Report of the Indian Hemp Drugs Commission, 1894-1895 - Volume VIII
Year: 1894
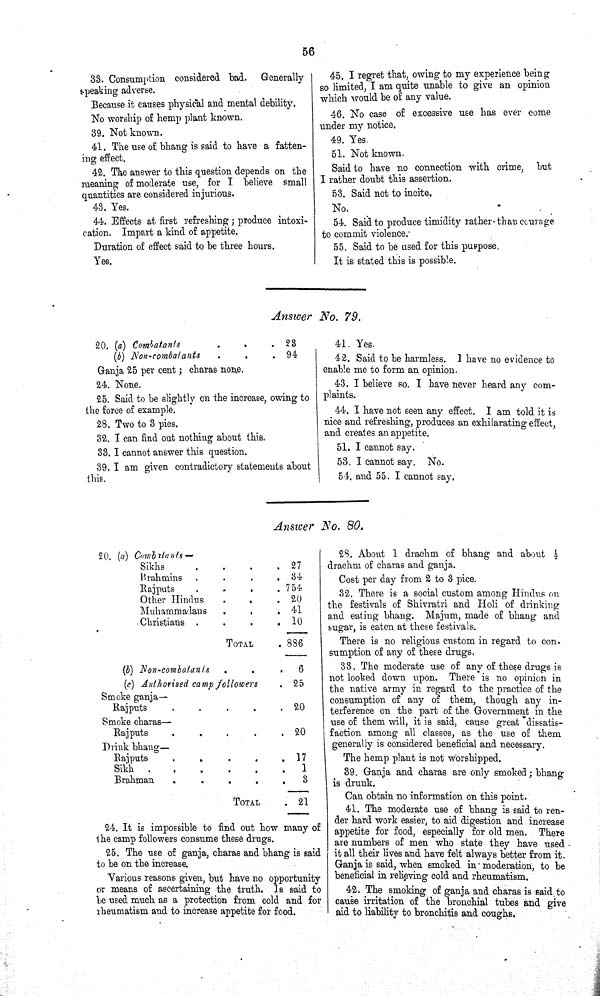
56
33. Consumption considered bad. Generally
speaking adverse.
Because it causes physical and mental debility.
No worship of hemp plant known.
39. Not known.
41. The use of bhang is said to have a fatten-
ing effect.
42. The answer to this question depends on the
meaning of moderate use, for I believe small
quantities are considered injurious.
43. Yes.
44. Effects at first refreshing; produce intoxi-
cation. Impart a kind of appetite.
Duration of effect said to be three hours.
Yes.
45. I regret that, owing to my experience being
so limited, I am quite unable to give an opinion
which would be of any value.
46. No case of excessive use has ever come
under my notice.
49. Yes.
51. Not known.
Said to have no connection with crime, but
I rather doubt this assertion.
53. Said not to incite.
No.
54. Said to produce timidity rather than courage
to commit violence.
55. Said to be used for this purpose.
It is stated this is possible.
Answer
No. 79.
20. (a) Combatants
23
(b) Non-combatants
94
Ganja 25 per cent; charas none.
24. None.
25. Said to be slightly on the increase, owing to
the force of example.
28. Two to 3 pies.
32. I can find out nothing about this.
33. I cannot answer this question.
39. I am given contradictory statements about
this.
41. Yes.
42. Said to be harmless. I have no evidence to
enable me to form an opinion.
43. I believe so. I have never heard any com-
plaints.
44. I have not seen any effect. I am told it is
nice and refreshing, produces an exhilarating effect,
and creates an appetite.
51. I cannot say.
53. I cannot say. No.
54. and 55. I cannot say.
Answer No. 80.
20. (a) Combatants—
Sikhs
27
Brahmins
34
Rajputs
754
Other Hindus
20
Muhammadans
41
Christians
10
TOTAL
886
(b) Non-combatants
6
(c) Authorised camp followers
25
Smoke ganja-
Rajputs
20
Smoke charas—
Rajputs
20
Drink bhang-
Rajputs
17
Sikh
1
Brahman
3
TOTAL
21
24. It is impossible to find out how many of
the camp followers consume these drugs.
25. The use of ganja, charas and bhang is said
to be on the increase.
Various reasons given, but have no opportunity
or means of ascertaining the truth. Is said to
be used much as a protection from cold and for
rheumatism and to increase appetite for food.
28. About 1 drachm of bhang and about 1/2
drachm of charas and ganja.
Cost per day from 2 to 3 pice.
32. There is a social custom among Hindus on
the festivals of Shivratri and Holi of drinking
and eating bhang. Majum, made of bhang and
sugar, is eaten at these festivals.
There is no religious custom in regard to con-
sumption of any of these drugs.
33. The moderate use of any of these drugs is
not looked down upon. There is no opinion in
the native army in regard to the practice of the
consumption of any of them, though any in-
terference on the part of the Government in the
use of them will, it is said, cause great dissatis-
faction among all classes, as the use of them
generally is considered beneficial and necessary.
The hemp plant is not worshipped.
39. Ganja and charas are only smoked; bhang
is drunk.
Can obtain no information on this point.
41. The moderate use of bhang is said to ren-
der hard work easier, to aid digestion and increase
appetite for food, especially for old men. There
are numbers of men who state they have used
it all their lives and have felt always better from it.
Ganja is said, when smoked in moderation, to be
beneficial in relieving cold and rheumatism.
42. The smoking of ganja and charas is said to
cause irritation of the bronchial tubes and give
aid to liability to bronchitis and coughs.